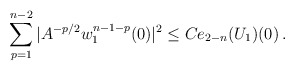
\begin{align*}\sum_{p=1}^{n-2} |A^{-p/2} w_{1}^{n-1-p}(0)|^2 \le C e_{2-n}(U_1)(0) \,.\end{align*}